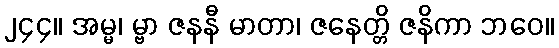
၂၄၄။ အမ္မ၊ မ္ဗာ ဇနနီ မာတာ၊ ဇနေတ္တိ ဇနိကာ ဘဝေ။